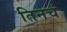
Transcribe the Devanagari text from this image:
तिनचं